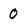
Character: 0